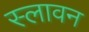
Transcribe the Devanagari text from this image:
स्लावन